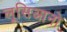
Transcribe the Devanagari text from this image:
लूसिआनो